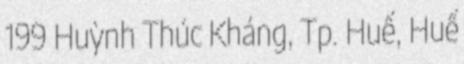
199 Huỳnh Thúc Kháng, Tp. Huế, Huế